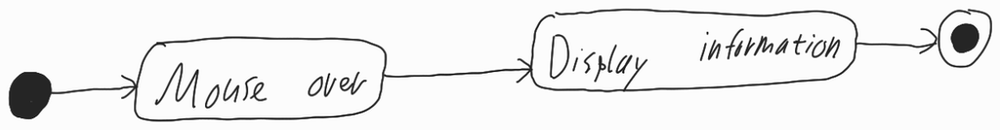
Diagram type: activity_diagram
```plantuml
@startuml

start

:Mouse over;

:Display information;

stop

@enduml
```